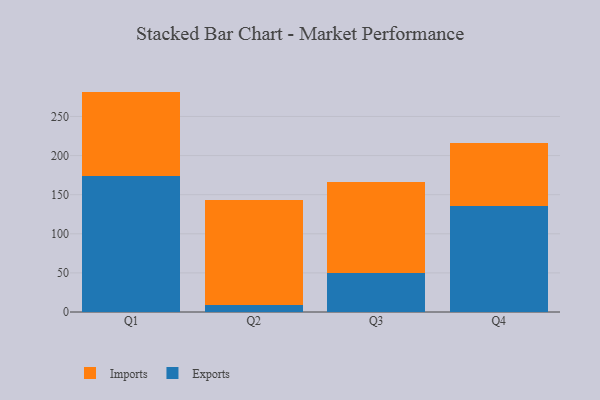
{"axis": {"x": "Quarter", "y": "Market Share (%)"}, "legend": ["Exports", "Imports"], "data": [{"x": "Q1", "y": 173.6, "type": "Exports"}, {"x": "Q1", "y": 108.2, "type": "Imports"}, {"x": "Q2", "y": 8.5, "type": "Exports"}, {"x": "Q2", "y": 135.1, "type": "Imports"}, {"x": "Q3", "y": 50.2, "type": "Exports"}, {"x": "Q3", "y": 116.0, "type": "Imports"}, {"x": "Q4", "y": 135.9, "type": "Exports"}, {"x": "Q4", "y": 80.6, "type": "Imports"}]}